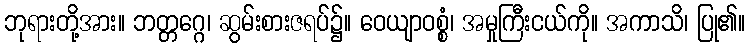
ဘုရားတို့အား။ ဘတ္တဂ္ဂေ၊ ဆွမ်းစားဇရပ်၌။ ဝေယျာဝစ္စံ၊ အမှုကြီးငယ်ကို။ အကာသိ၊ ပြု၏။